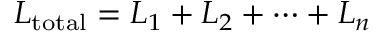
L _ { \mathrm { t o t a l } } = L _ { 1 } + L _ { 2 } + \cdots + L _ { n }